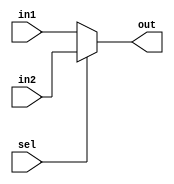
module mux_2_to_1(in1,in2,sel,out);
  input wire [8:0] in1, in2;
  input wire sel;
  output reg [8:0] out;
  
  assign out = !sel? in1 : in2;
  
  
endmodule